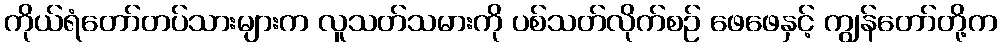
ကိုယ်ရံတော်တပ်သားများက လူသတ်သမားကို ပစ်သတ်လိုက်စဉ် ဖေဖေနှင့် ကျွန်တော်တို့က